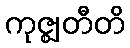
ကုဇ္ဈတီတိ